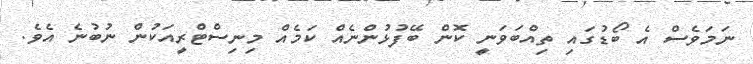
ނަމަވެސް އެ ބޯޑުގައި ތިއްބަވަނީ ކޮން ބޭފުޅުންނެއް ކަމެއް މިނިސްޓްރީއަކުން ނުބުނެ އެވެ.